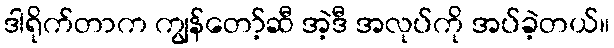
ဒါရိုက်တာက ကျွန်တော့်ဆီ အဲ့ဒီ အလုပ်ကို အပ်ခဲ့တယ်။